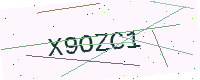
Text: X9OZC1